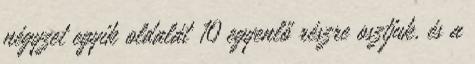
négyzet egyik oldalát 10 egyenlő részre osztjuk, és a